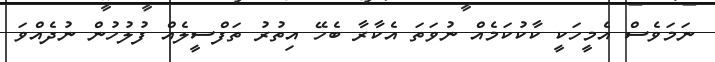
ނަމަވެސް އެމީހަކީ ކާކުކަމެއް ނުވަތަ އެކާރާ ބެހޭ އިތުރު ތަފްސީލެއް ފުލުހުން ނުދެއްވަ